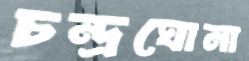
চন্দ্রঘোনা